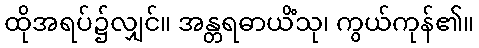
ထိုအရပ်၌လျှင်။ အန္တရဓာယိံသု၊ ကွယ်ကုန်၏။